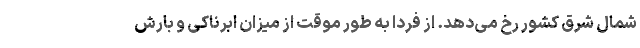
شمال شرق کشور رخ می‌دهد. از فردا به طور موقت از میزان ابرناکی و بارش